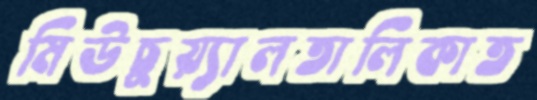
মিউচুয়্যালতালিকাত